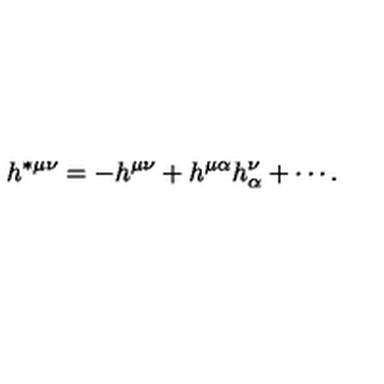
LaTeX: h ^ { * \mu \nu } = - h ^ { \mu \nu } + h ^ { \mu \alpha } h _ { \alpha } ^ { \nu } + \cdots .